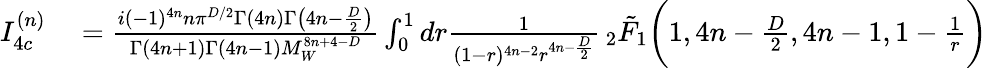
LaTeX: \begin{array}{rl}{I_{4c}^{(n)}}&{{}=\frac{i(-1)^{4n}n\pi^{D/2}\Gamma(4n)\Gamma\big(4n-\frac{D}{2}\big)}{\Gamma(4n+1)\Gamma(4n-1)M_{W}^{8n+4-D}}\int_{0}^{1}dr\frac{1}{(1-r)^{4n-2}r^{4n-\frac{D}{2}}}\, _{2}\tilde{F}_{1}\bigg(1,4n-\frac{D}{2},4n-1,1-\frac{1}{r}\bigg)}\end{array}